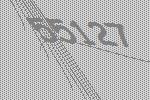
55127